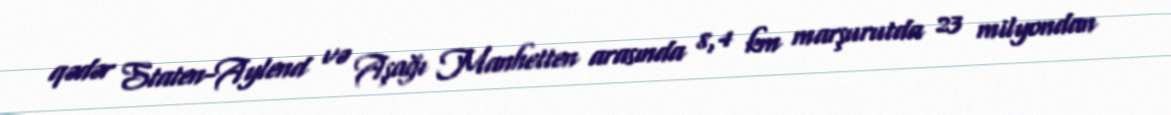
qədər Staten-Aylend və Aşağı Manhetten arasında 8,4 km marşurutda 23 milyondan